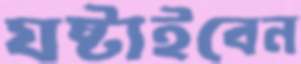
ঘষ্‌টাইবেন